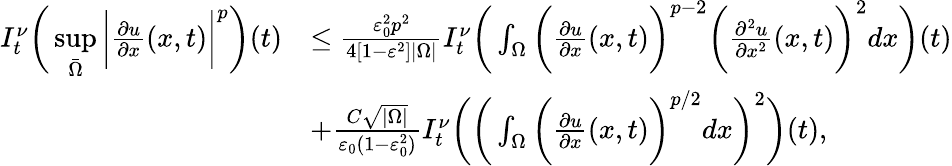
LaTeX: \begin{array}{rl}{I_{t}^{\nu}\bigg(\underset{\bar{\Omega}}{\operatorname*{sup}}\bigg|\frac{\partial u}{\partial x}(x,t)\bigg|^{p}\bigg)(t)}&{\leq\frac{\varepsilon_{0}^{2}p^{2}}{4[1-\varepsilon^{2}]|\Omega|}I_{t}^{\nu}\bigg(\int_{\Omega}\bigg(\frac{\partial u}{\partial x}(x,t)\bigg)^{p-2}\bigg(\frac{\partial^{2}u}{\partial x^{2}}(x,t)\bigg)^{2}dx\bigg)(t)}\\ &{+\frac{C\sqrt{|\Omega|}}{\varepsilon_{0}(1-\varepsilon_{0}^{2})}I_{t}^{\nu}\bigg(\bigg(\int_{\Omega}\bigg(\frac{\partial u}{\partial x}(x,t)\bigg)^{p/2}dx\bigg)^{2}\bigg)(t),}\end{array}